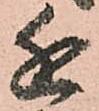
近